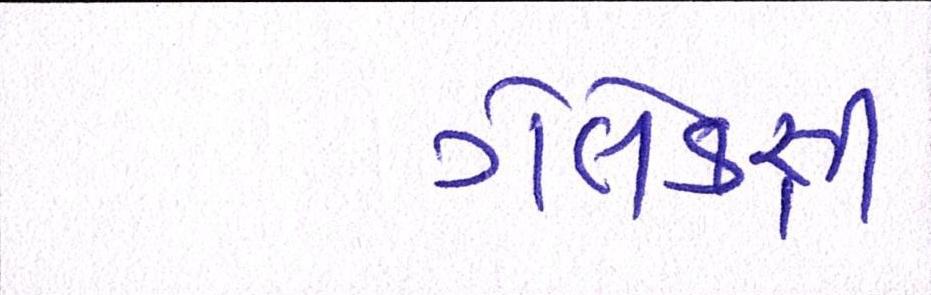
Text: ગેલેક્સી